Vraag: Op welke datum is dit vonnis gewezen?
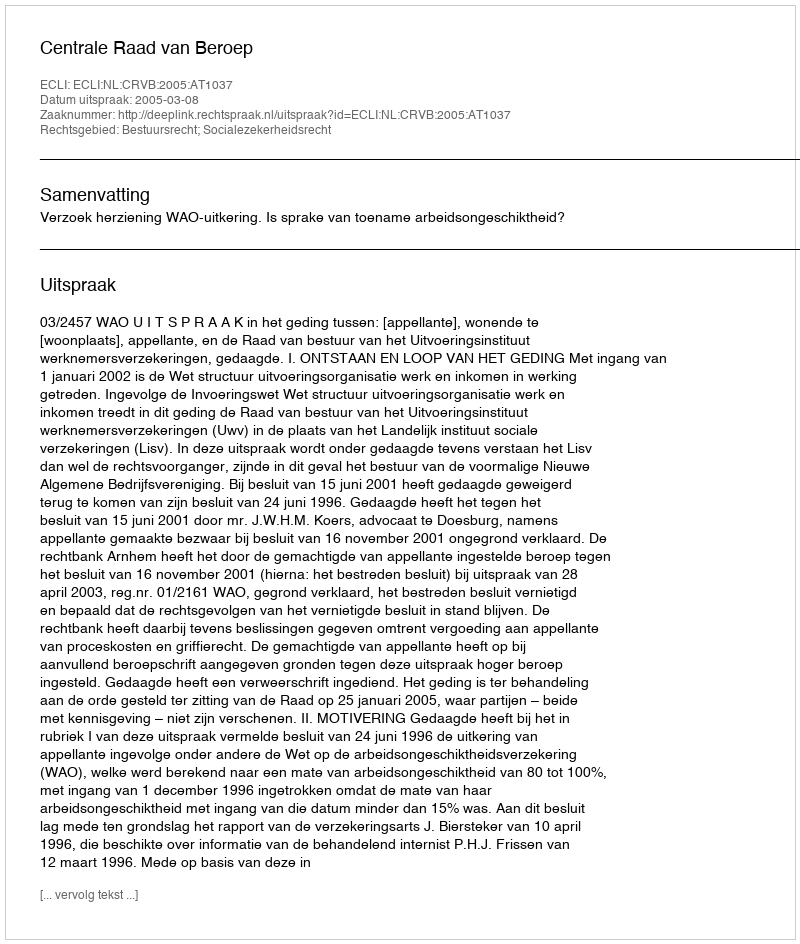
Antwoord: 2005-03-08